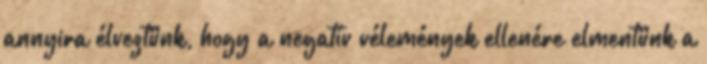
annyira élveztünk, hogy a negatív vélemények ellenére elmentünk a